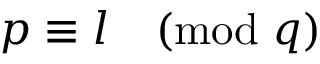
p \equiv l { \pmod { q } }